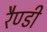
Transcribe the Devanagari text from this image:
रैण्डी